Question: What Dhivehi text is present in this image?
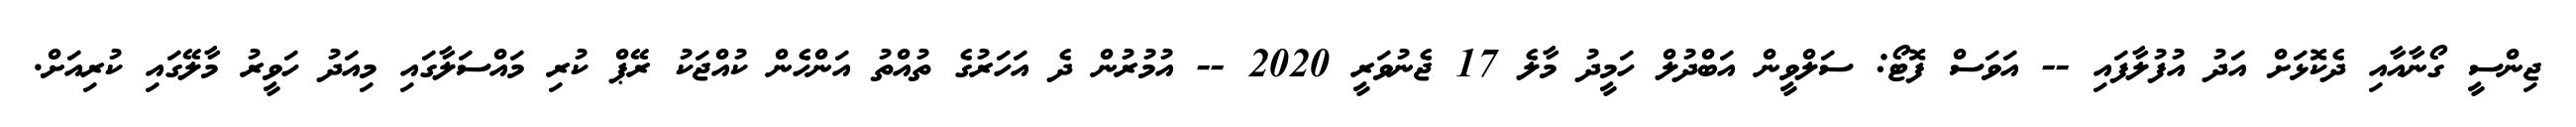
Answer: ޖިންސީ ގޯނާއާއި ދެކޮޅަށް އަދު އުފުލާފައި -- އަވަސް ފޮޓޯ: ސަލްވީން އަބްދުލް ހަމީދު މާލެ 17 ޖެނުވަރީ 2020 -- އުމުރުން ދެ އަހަރުގެ ތުއްތު އަންހެން ކުއްޖަކު ރޭޕް ކުރި މައްސަލާގައި މިއަދު ހަވީރު މާލޭގައި ކުރިއަށް.